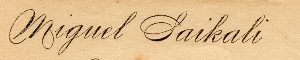
Miguel Saikali